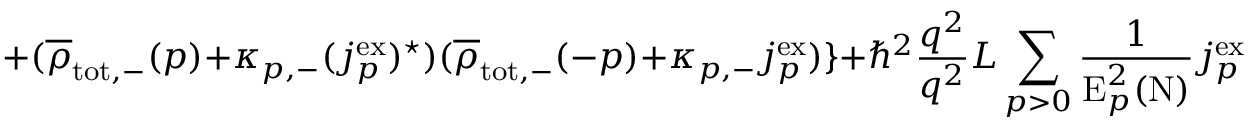
+ ( \overline { { { \rho } } } _ { \mathrm { t o t , - } } ( p ) + { \kappa } _ { p , - } ( j _ { p } ^ { \mathrm { e x } } ) ^ { \star } ) ( \overline { { { \rho } } } _ { \mathrm { t o t , - } } ( - p ) + { \kappa } _ { p , - } { j _ { p } ^ { \mathrm { e x } } } ) \} + { \hbar } ^ { 2 } \frac { q ^ { 2 } } { q ^ { 2 } } { L } \sum _ { p > 0 } \frac { 1 } { \mathrm { E } _ { p } ^ { 2 } ( \mathrm { N } ) } j _ { p } ^ { \mathrm { e x } } ( j _ { p } ^ { \mathrm { e x } } ) ^ { \star }